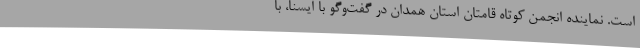
است. نماینده انجمن کوتاه قامتان استان همدان در گفت‌وگو با ایسنا، با